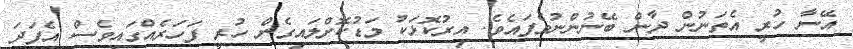
އޭނާ ހުރީ އެތަނުން ދާން ބޭނުންނުވެފައެވެ. އިރުކޮޅަކު މަޑުކޮށްލައިގެން ހުރީ ފަހަރެއްގައިވެސް އެފަދަ